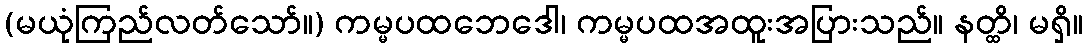
(မယုံကြည်လတ်သော်။) ကမ္မပထဘေဒေါ၊ ကမ္မပထအထူးအပြားသည်။ နတ္ထိ၊ မရှိ။